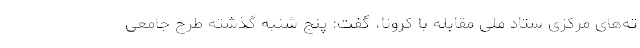
ته‌های مرکزی ستاد ملی مقابله با کرونا، گفت: پنج شنبه گذشته طرح جامعی